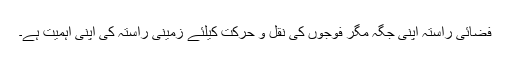
فضائی راستہ اپنی جگہ مگر فوجوں کی نقل و حرکت کیلئے زمینی راستہ کی اپنی اہمیت ہے۔